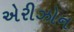
એરીઝોન